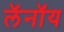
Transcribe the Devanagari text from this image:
लॅनॉय